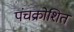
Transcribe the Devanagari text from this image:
पंचक्रोशित